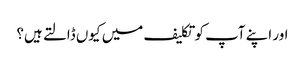
اور اپنے آپ کو تکلیف میں کیوں ڈالتے ہیں؟